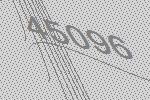
45096